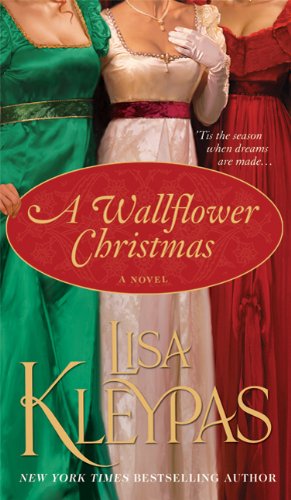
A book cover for A Wallflower Christmas (Wallflowers, Book 5); Lisa Kleypas; Romance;